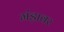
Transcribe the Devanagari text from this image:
मंड़ावर